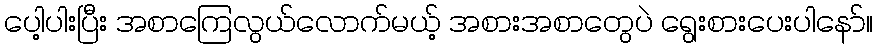
ပေါ့ပါးပြီး အစာကြေလွယ်လောက်မယ့် အစားအစာတွေပဲ ရွေးစားပေးပါနော်။